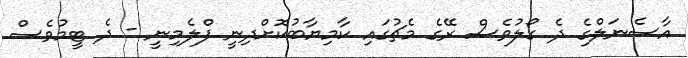
އާސެނަލްގެ ދެ ގޯލުވެސް ރޭގެ މެޗުގައި ކާމިޔާބުކޮށްދިނީ ފްލެމިނީ - ދެ ޓީމުވެސް